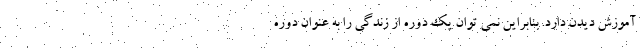
آموزش دیدن دارد. بنابراین نمی توان یک دوره از زندگی را به عنوان دوره